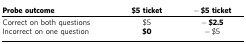
<table><thead><tr><td><b>Probe outcome</b></td><td><b>$5 ticket</b></td><td><b>−$5 ticket</b></td></tr></thead><tbody><tr><td>Correct on both questions</td><td>$5</td><td><b>−$2.5</b></td></tr><tr><td>Incorrect on one question</td><td><b>$0</b></td><td>−$5</td></tr></tbody></table>